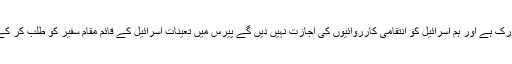
القدس میں ہمارا ثقافتی نیٹ ورک ہے اور ہم اسرائیل کو انتقامی کارروائیوں کی اجازت نہیں دیں گے پیرس میں تعینات اسرائیل کے قائم مقام سفیر کو طلب کر کے ان سے احتجاج کیا گیا ہے۔